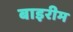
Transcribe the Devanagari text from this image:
बाइरीम